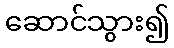
ဆောင်သွား၍